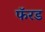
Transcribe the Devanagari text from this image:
फॅरड